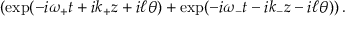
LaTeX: \left( \exp ( - i \omega _ { + } t + i k _ { + } z + i \ell \theta ) + \exp ( - i \omega _ { - } t - i k _ { - } z - i \ell \theta ) \right) .